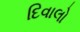
દિવાલો